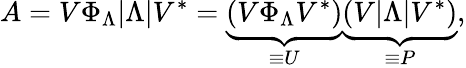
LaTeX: A=V\Phi_{\Lambda}|\Lambda|V^{*}=\underbrace{\left(V\Phi_{\Lambda}V^{*}\right)}_{\equiv U}\underbrace{\left(V|\Lambda|V^{*}\right)}_{\equiv P},